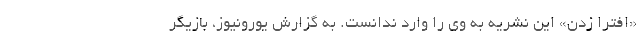
«افترا زدنِ» این نشریه به وی را وارد ندانست. به گزارش یورونیوز، بازیگر